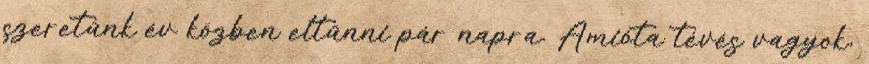
szeretünk év közben eltűnni pár napra. Amióta tévés vagyok,